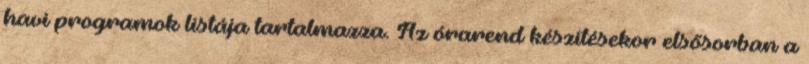
havi programok listája tartalmazza. Az órarend készítésekor elsősorban a